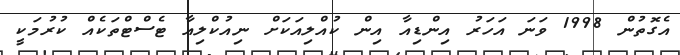
އެގޮތުން 1998 ވަނަ އަހަރު އިންޑިއާ އިން ކުއްލިއަކަށް ނިއުކްލިއާ ޓެސްޓްތަކެއް ކުރުމަކީ